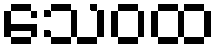
သေဝထ